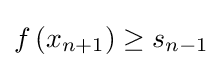
f\left(x_{n+1}\right)\geq s_{n-1}